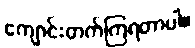
ကျောင်းတက်ကြရတာပါ။